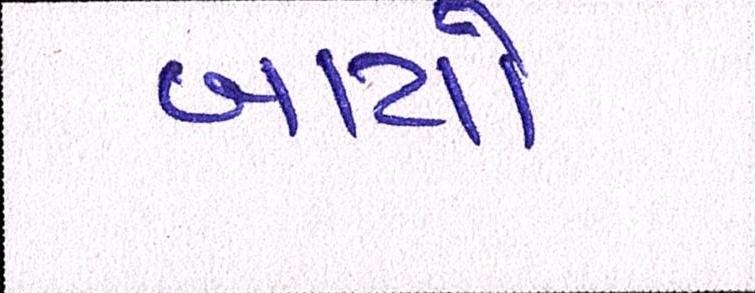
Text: બાયો